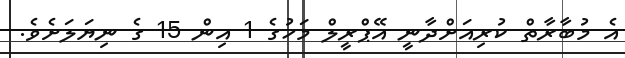
އެ މުބާރާތް ކުރިއަށްދާނީ އޭޕްރީލް މަހުގެ 1 އިން 15 ގެ ނިޔަލަށެވެ.